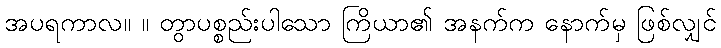
အပရကာလ။ ။ တွာပစ္စည်းပါသော ကြိယာ၏ အနက်က နောက်မှ ဖြစ်လျှင်